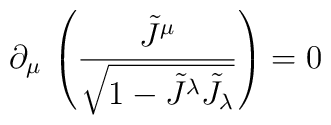
\partial _{\mu }\, \left( \frac{\tilde J ^{\mu }}{\sqrt{1-\tilde J ^{\lambda }\tilde J_{\lambda }}}\right) =0